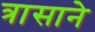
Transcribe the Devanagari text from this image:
त्रासाने